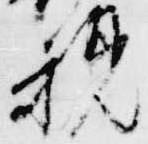
親